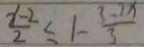
\frac { x - 2 } { 2 } \leq 1 - \frac { 3 - 2 x } { 3 }